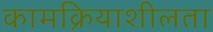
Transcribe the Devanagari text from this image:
कामक्रियाशीलता